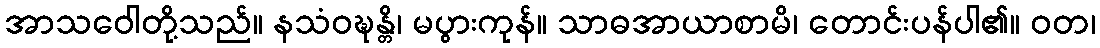
အာသဝေါတို့သည်။ နသံဝဍ္ဎန္တိ၊ မပွားကုန်။ သာဓအာယာစာမိ၊ တောင်းပန်ပါ၏။ ဝတ၊